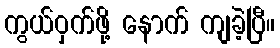
ကွယ်ဝှက်ဖို့ နောက် ကျခဲ့ပြီ။